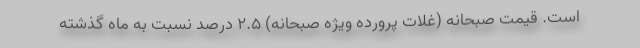
است. قیمت صبحانه (غلات پرورده ویژه صبحانه) ۲.۵ درصد نسبت به ماه گذشته